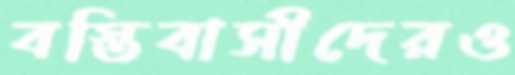
বস্তিবাসীদেরও